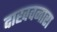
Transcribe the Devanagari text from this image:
दाखवनारा